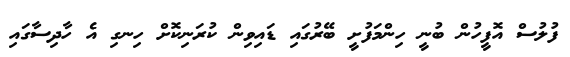
ފުލުސް އޮފީހުން ބުނީ ހިންމަފުށީ ބޭރުގައި ޑައިވިން ކުރަނިކޮށް ހިނގި އެ ހާދިސާގައި